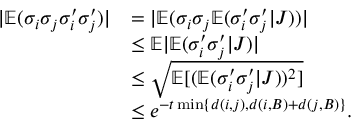
\begin{array} { r l } { | \mathbb { E } ( \sigma _ { i } \sigma _ { j } \sigma _ { i } ^ { \prime } \sigma _ { j } ^ { \prime } ) | } & { = | \mathbb { E } ( \sigma _ { i } \sigma _ { j } \mathbb { E } ( \sigma _ { i } ^ { \prime } \sigma _ { j } ^ { \prime } | J ) ) | } \\ & { \le \mathbb { E } | \mathbb { E } ( \sigma _ { i } ^ { \prime } \sigma _ { j } ^ { \prime } | J ) | } \\ & { \le \sqrt { \mathbb { E } [ ( \mathbb { E } ( \sigma _ { i } ^ { \prime } \sigma _ { j } ^ { \prime } | J ) ) ^ { 2 } ] } } \\ & { \le e ^ { - t \operatorname* { m i n } \{ d ( i , j ) , d ( i , B ) + d ( j , B ) \} } . } \end{array}